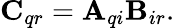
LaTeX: \mathbf{C}_{qr}=\mathbf{A}_{qi}\mathbf{B}_{ir}.